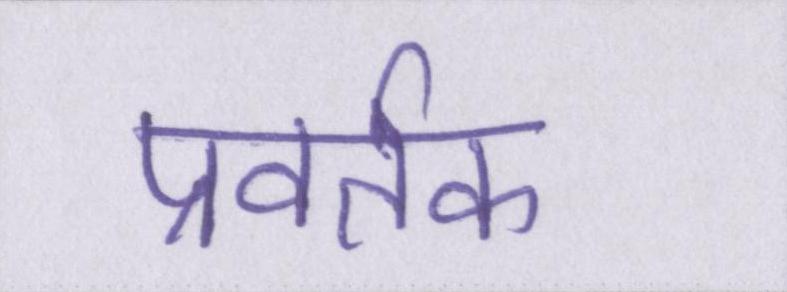
प्रवर्तक